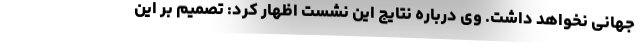
جهانی نخواهد داشت. وی درباره نتایج این نشست اظهار کرد: تصمیم بر این